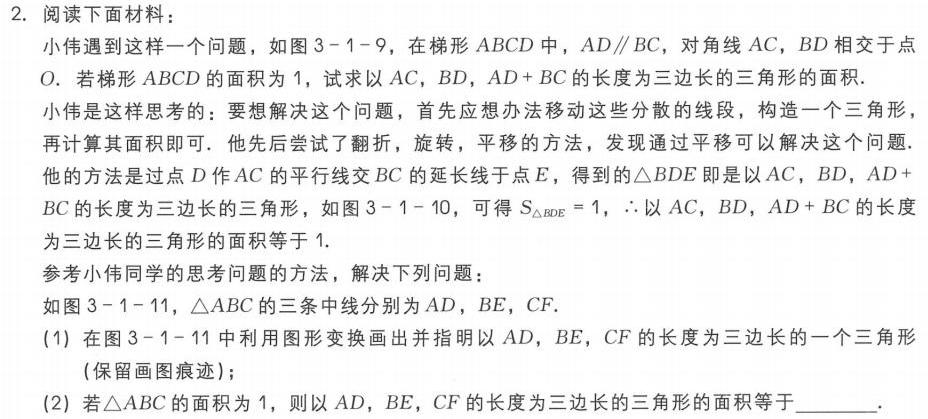
2. 阅读下面材料：
如图3 - 1 - 9，在梯形\(ABCD\)中，\(AD\parallel BC\)，对角线\(AC\)，\(BD\)相交于点\(O\)。若梯形\(ABCD\)的面积为\(1\)，试求以\(AC\)，\(BD\)，\(AD + BC\)的长度为三边长的三角形的面积。
小伟遇到这样一个问题，小伟是这样思考的：要想解决这个问题，首先应想办法移动这些分散的线段，构造一个三角形，再计算其面积即可。他先后尝试了翻折，旋转，平移的方法，发现通过平移可以解决这个问题.他的方法是过点\(D\)作\(AC\)的平行线交\(BC\)的延长线于点\(E\)，得到的\(\triangle BDE\)即是以\(AC\)，\(BD\)，\(AD + BC\)的长度为三边长的三角形，如图3 - 1 - 10，可得\(S_{\triangle BDE}=1\)，\(\therefore\)以\(AC\)，\(BD\)，\(AD + BC\)的长度为三边长的三角形的面积等于\(1\)。
参考小伟同学的思考问题的方法，解决下列问题：
如图3 - 1 - 11，\(\triangle ABC\)的三条中线分别为\(AD\)，\(BE\)，\(CF\)。
(1) 在图3 - 1 - 11中利用图形变换画出并指明以\(AD\)，\(BE\)，\(CF\)的长度为三边长的一个三角形（保留画图痕迹）；
(2) 若\(\triangle ABC\)的面积为\(1\)，则以\(AD\)，\(BE\)，\(CF\)的长度为三边长的三角形的面积等于  。